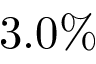
3 . 0 \%